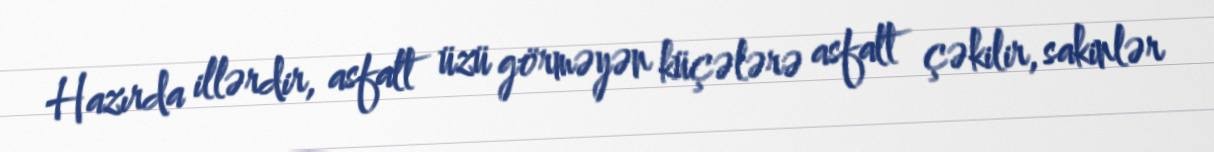
Hazırda illərdir, asfalt üzü görməyən küçələrə asfalt çəkilir, sakinlər